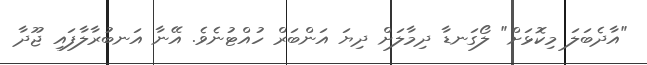
"އާދެބަލަ މިކޮޅަށް" ލޯގަނޑާ ދިމާލަށް ދިޔަ އަންބަރް ހުއްޓުނެވެ. އޭނާ އަނބުރާލާފައި ޖޫދާ